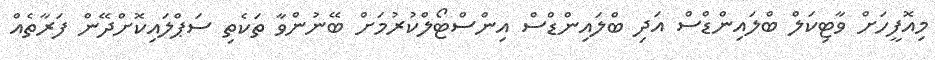
މިއޮފީހަށް ވާޓިކަލް ބްލައިންޑްސް އަދި ބްލައިންޑްސް އިންސްޓޯލްކުރުމަށް ބޭނުންވާ ތަކެތި ސަޕްލައިކޮށްދޭން ފަރާތެއް